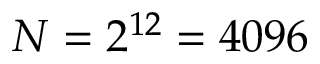
N = 2 ^ { 1 2 } = 4 0 9 6